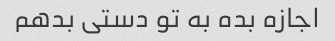
اجازه بده به تو دستی بدهم